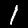
Digit: 1